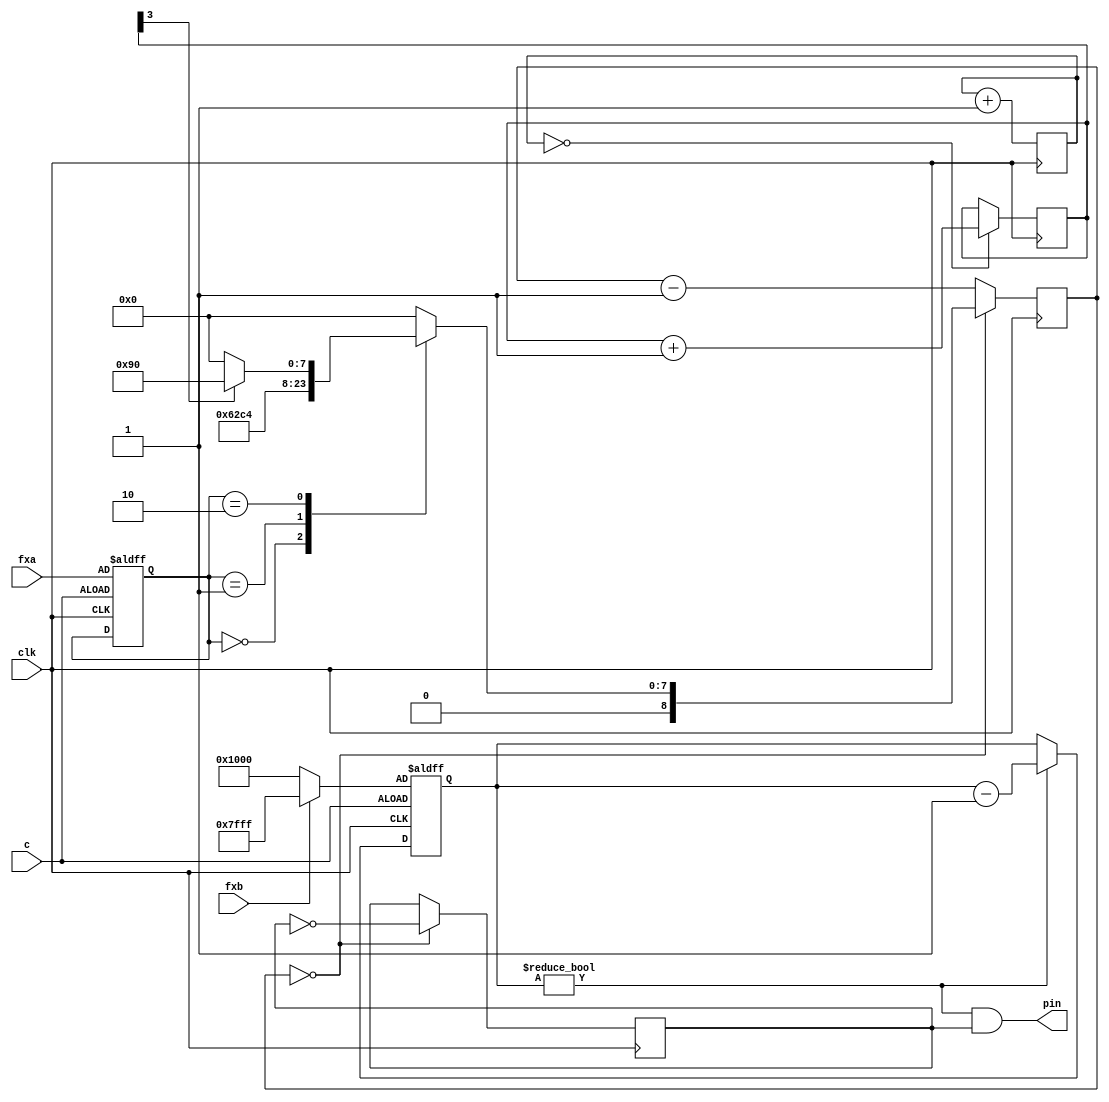
module soundnik(clk, pin, c, fxa, fxb);

parameter bounce1 = 98;	// paddle bounce 440hz
parameter bounce2 = 196;	// wall bounce   220hz
parameter whistle1 = 144;//196;
parameter whistle2 = 0;

input clk; // 134 khz
output pin;
input c;
input [3:0] fxa;
input fxb;

reg [7:0] div128;
reg [3:0] div2;
always @(posedge clk) begin
	div128 <= div128 + 1;
	if (div128 == 0) begin
		div2 <= div2 + 1;
	end
end

reg [14:0] durctr;
reg [3:0] loadfreq;
always @(posedge clk or posedge c) begin
	if (c) begin
		loadfreq <= fxa;
		durctr <= fxb ? 32767 : 4096;
	end else if (durctr != 0) durctr <= durctr - 1;
end

reg [8:0] counter0;

reg soundlatch;
wire soundenable = durctr != 0;
assign pin = soundenable & soundlatch;

always @(posedge clk) begin
	if (counter0 == 0) begin
		soundlatch <= !soundlatch;
		case (loadfreq) 
			0:	counter0 <= bounce1;
			1:  counter0 <= bounce2;
			2: 	counter0 <= div2[3] ? whistle1 : whistle2;
			default:
				counter0 <= 0;
		endcase
		//div2 <= div2 - 1;
	end
	else begin
		counter0 <= counter0 - 1;
	end
end

endmodule